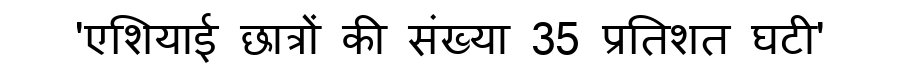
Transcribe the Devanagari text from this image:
'एशियाई छात्रों की संख्या 35 प्रतिशत घटी'